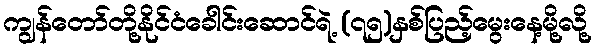
ကျွန်တော်တို့နိုင်ငံခေါင်းဆောင်ရဲ့ (၇၅)နှစ်ပြည့်မွေးနေ့မို့လို့